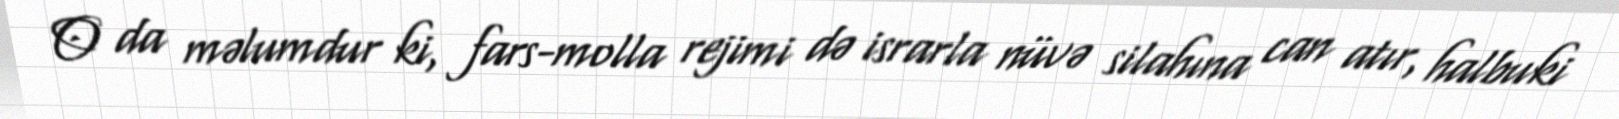
O da məlumdur ki, fars-molla rejimi də israrla nüvə silahına can atır, halbuki